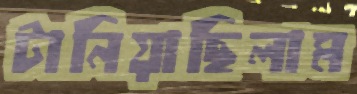
টানিয়াছিলাম